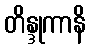
တိန္ဒုကာနိ